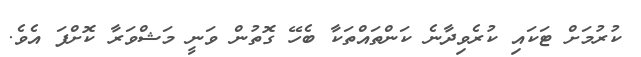
ކުރުމަށް ޓަކައި ކުރެވިދާނެ ކަންތައްތަކާ ބެހޭ ގޮތުން ވަނީ މަޝްވަރާ ކޮށްފަ އެވެ.